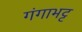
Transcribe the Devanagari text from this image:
गंगाभट्ट